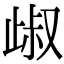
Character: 𣥹